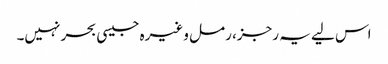
اس لیے یہ رجز، رمل وغیرہ جیسی بحر نہیں۔